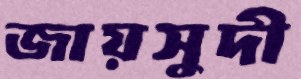
জায়সুদী